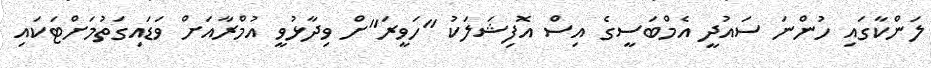
ލަންކާގައި ހުންނަ ސައުދީ އެމްބަސީގެ އިސް އޮފިޝަލަކު "ހަވީރަ"ށް ވިދާޅުވީ އުމްރާއަށް ވަޑައިގަތުމަށްޓަކައި